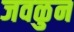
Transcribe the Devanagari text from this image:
जवळुन